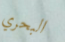
البحري